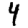
Digit: 4